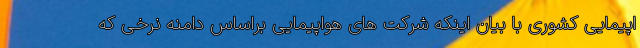
اپیمایی کشوری با بیان اینکه شرکت های هواپیمایی براساس دامنه نرخی که